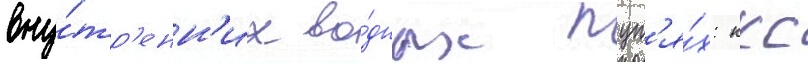
вну́тр'енн'их во́дных пут'я́х: ккс